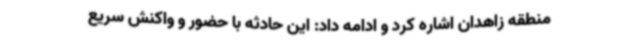
منطقه زاهدان اشاره کرد و ادامه داد: این حادثه با حضور و واکنش سریع